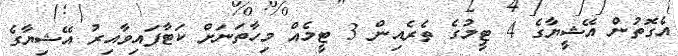
އެގޮތުން އޭޝީޔާގެ 4 ޓީމުގެ ތެރެއިން 3 ޓީމެއް މިހާތަނަށް ކަޓާފައިވާއިރު އޭޝިޔާގެ